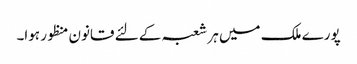
پورے ملک میں ہر شعبہ کے لئے قانون منظور ہوا۔